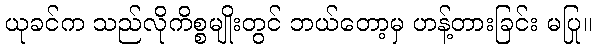
ယုခင်က သည်လိုကိစ္စမျိုးတွင် ဘယ်တော့မှ ဟန့်တားခြင်း မပြု။